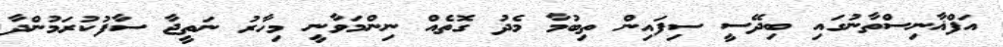
އަފްޣާނިސްތާނުގައި ބިދޭސީ ސިފައިން ތިބުމާ މެދު ގޮތެއް ނިންމަވާނީ މިހާރު ނަތީޖާ ސާފުކުރަމުންދާ